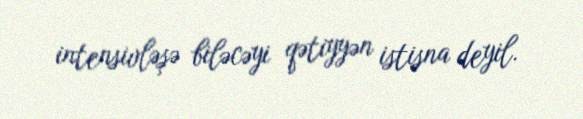
intensivləşə biləcəyi qətiyyən istisna deyil.